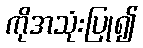
ကိုအသုံးပြု၍